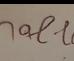
Signature authenticity: forged